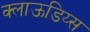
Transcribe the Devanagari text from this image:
क्लाऊडिय्स